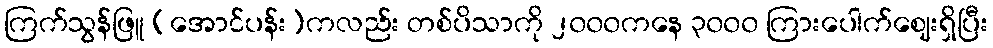
ကြက်သွန်ဖြူ (အောင်ပန်း)ကလည်း တစ်ပိသာကို ၂၀၀၀ကနေ ၃၀၀၀ ကြားပေါက်ဈေးရှိပြီး